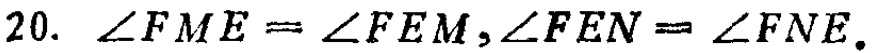
$20.\ \angle FME=\angle FEM,\angle FEN = \angle FNE.$